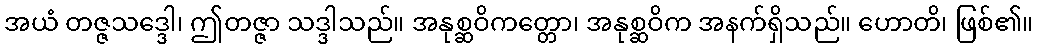
အယံ တဇ္ဇသဒ္ဒေါ၊ ဤတဇ္ဇာ သဒ္ဒါသည်။ အနုစ္ဆဝိကတ္တော၊ အနုစ္ဆဝိက အနက်ရှိသည်။ ဟောတိ၊ ဖြစ်၏။